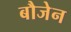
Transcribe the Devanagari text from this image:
बौजेन